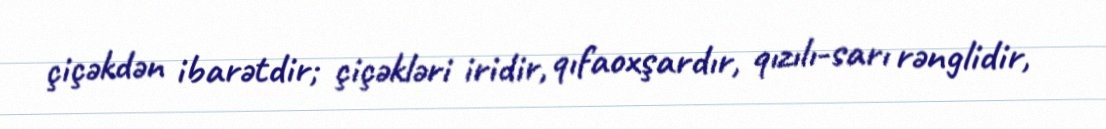
çiçəkdən ibarətdir; çiçəkləri iridir, qıfaoxşardır, qızılı-sarı rənglidir,